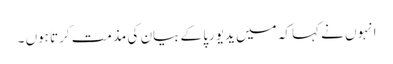
انہوں نے کہا کہ میں یدیورپا کے بیان کی مذمت کرتا ہوں ۔